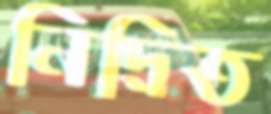
নিদ্রিত